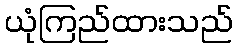
ယုံကြည်ထားသည်